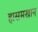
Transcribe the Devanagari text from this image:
हासमखान